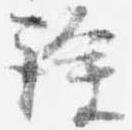
詮